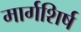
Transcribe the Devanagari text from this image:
मार्गशिर्ष